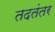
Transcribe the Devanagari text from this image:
तदतंतर